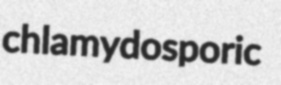
chlamydosporic